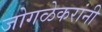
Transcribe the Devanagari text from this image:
जोगळेकरांनी